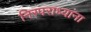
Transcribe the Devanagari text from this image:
निरपराध्यांना